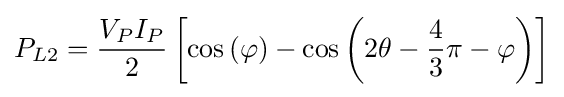
P_{L2}={\frac {V_{P}I_{P}}{2}}\left[\cos \left(\varphi \right)-\cos \left(2\theta -{\frac {4}{3}}\pi -\varphi \right)\right]